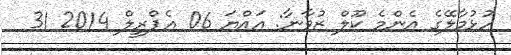
ހުޅުމާލޭގެ އެންމެ ކޫލް ޒުވާނާ: އައްޔަ 06 އެޕްރީލް 2014 31